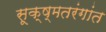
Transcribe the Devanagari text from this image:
सूक्ष्मतरंगांत